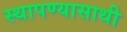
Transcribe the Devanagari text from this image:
स्थापण्यासाथी